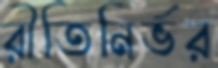
রীতিনির্ভর